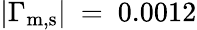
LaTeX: |\Gamma_{\mathrm{m,s}}|~=~0.0012